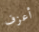
أعزف